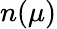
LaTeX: n(\mu)